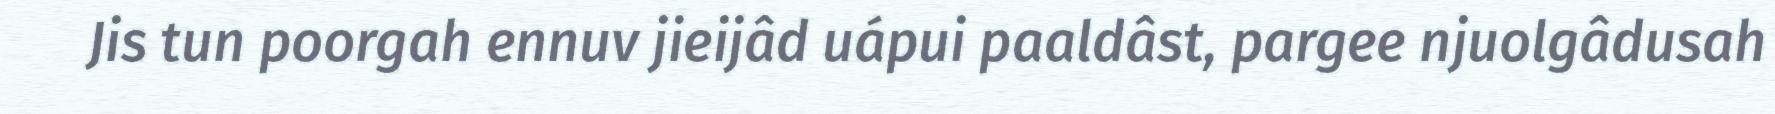
Jis tun poorgah ennuv jieijâd uápui paaldâst, pargee njuolgâdusah